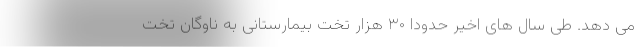
می دهد. طی سال های اخیر حدودا ۳۰ هزار تخت بیمارستانی به ناوگان تخت